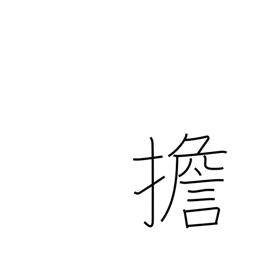
Meaning: carry